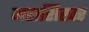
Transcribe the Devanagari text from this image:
महाशिखर